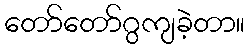
တော်တော်ဂွကျခဲ့တာ။